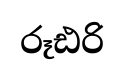
රූඪරි